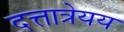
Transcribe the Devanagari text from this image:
दत्तात्रेयय